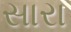
સારા